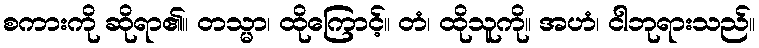
စကားကို ဆိုရာ၏။ တသ္မာ၊ ထိုကြောင့်။ တံ၊ ထိုသူကို။ အဟံ၊ ငါဘုရားသည်။